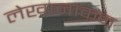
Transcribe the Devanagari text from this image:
लेखानाकन